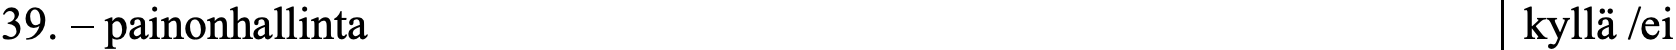
39. – painonhallinta                              kyllä /ei